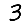
Digit: 3